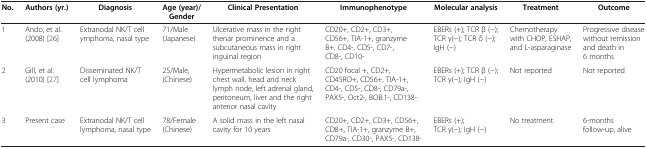
<table><thead><tr><td><b>No.</b></td><td><b>Authors (yr.)</b></td><td><b>Diagnosis</b></td><td><b>Age (year)/ Gender</b></td><td><b>Clinical Presentation</b></td><td><b>Immunophenotype</b></td><td><b>Molecular analysis</b></td><td><b>Treatment</b></td><td><b>Outcome</b></td></tr></thead><tbody><tr><td>1</td><td>Ando, et al. (2008) [26]</td><td>Extranodal NK/T cell ymphoma, nasal type</td><td>71/Male (Japanese)</td><td>Ulcerative mass in the right thenar prominence and a subcutaneous mass in right inguinal region</td><td>CD20+, CD2+, CD3+, CD56+, TIA-1+, granzyme B+, CD4-, CD5-, CD7-, CD8-, CD10-</td><td>EBERs (+); TCR β (−); TCR γ(−); TCR δ (−); IgH (−)</td><td>Chemotherapy with CHOP, ESHAP, and L-asparaginase</td><td>Progressive disease without remission and death in 6 months</td></tr><tr><td>2</td><td>Gill, et al. (2010) [27]</td><td>Disseminated NK/T cell lymphoma</td><td>25/Male, (Chinese)</td><td>Hypermetabolic lesion in right chest wall, head and neck lymph node, left adrenal gland, peritoneum, liver and the right anterior nasal cavity</td><td>CD20 focal +, CD2+, CD45RO+, CD56+, TIA-1+, CD4-, CD5-, CD8-, CD79a-, PAX5-, Oct2-, BOB.1-, CD138-</td><td>EBERs (+); TCR β (−); TCR γ(−); IgH (−)</td><td>Not reported</td><td>Not reported</td></tr><tr><td>3</td><td>Present case</td><td>Extranodal NK/T cell lymphoma, nasal type</td><td>78/Female (Chinese)</td><td>A solid mass in the left nasal cavity for 10 years</td><td>CD20+, CD2+, CD3+, CD56+, CD8+, TIA-1+, granzyme B+, CD79a-, CD30-, PAX5-, CD138-</td><td>EBERs (+); TCR γ(−); IgH (−)</td><td>No treatment</td><td>6-months follow-up, alive</td></tr></tbody></table>